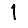
Digit: 1